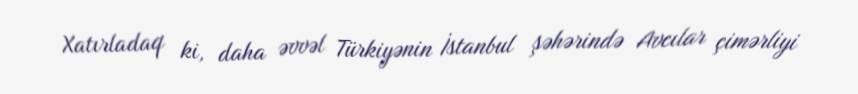
Xatırladaq ki, daha əvvəl Türkiyənin İstanbul şəhərində Avcılar çimərliyi